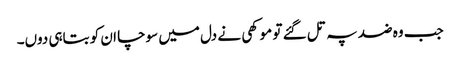
جب وہ ضد پہ تل گئے تو موکھی نے دل میں سوچا ان کو بتاہی دوں۔